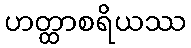
ဟတ္ထာစရိယဿ